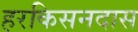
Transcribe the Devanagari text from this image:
हरकिसनदास